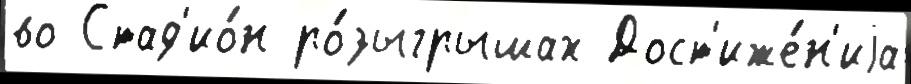
во Стад'ио́н ро́зыгрышах Дост'иже́н'иjа